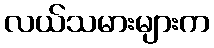
လယ်သမားများက